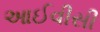
આઈવીસી